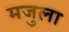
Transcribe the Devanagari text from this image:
मजुला